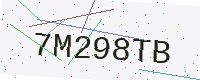
Text: 7M298TB